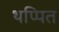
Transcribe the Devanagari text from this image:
थप्पित